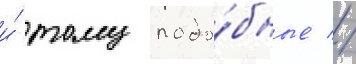
и́ тому подо́бные //